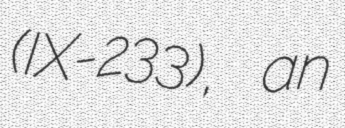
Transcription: (IX-233), an